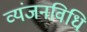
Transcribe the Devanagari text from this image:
व्यंजनविधि